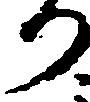
り